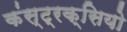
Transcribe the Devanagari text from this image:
कंस्ट्रक्सियो